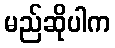
မည်ဆိုပါက